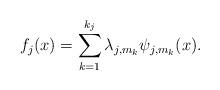
LaTeX: \begin{align*}f_j(x) = \sum_{k=1}^{k_j} \lambda_{j,m_k}\psi_{j,m_k}(x) .\end{align*}